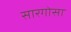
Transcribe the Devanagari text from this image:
सारगोसा